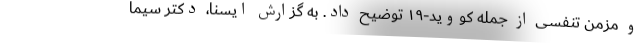
و مزمن تنفسی از جمله کووید-۱۹ توضیح داد. به گزارش ایسنا، دکتر سیما